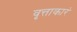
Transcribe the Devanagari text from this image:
वृत्ताकारं